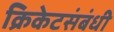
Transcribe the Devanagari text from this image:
क्रिकेटसंबंधी